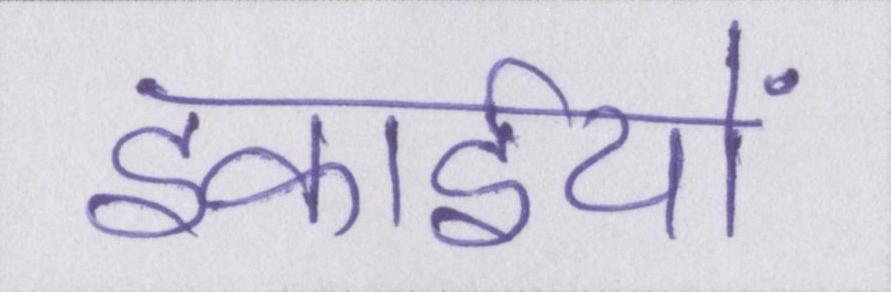
इकाईयों